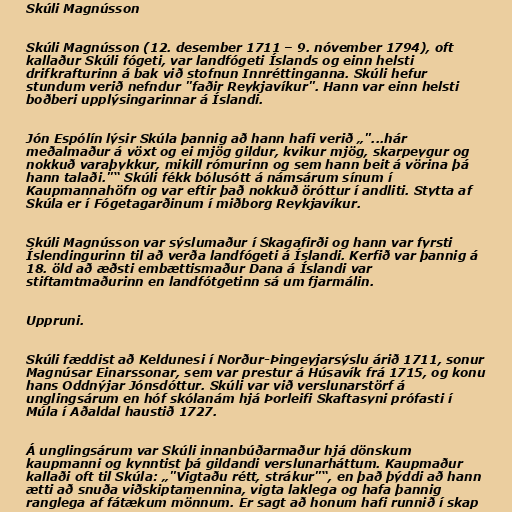
Skúli Magnússon

Skúli Magnússon (12. desember 1711 – 9. nóvember 1794), oft
kallaður Skúli fógeti, var landfógeti Íslands og einn helsti
drifkrafturinn á bak við stofnun Innréttinganna. Skúli hefur
stundum verið nefndur "faðir Reykjavíkur". Hann var einn helsti
boðberi upplýsingarinnar á Íslandi.

Jón Espólín lýsir Skúla þannig að hann hafi verið „"...hár
meðalmaður á vöxt og ei mjög gildur, kvikur mjög, skarpeygur og
nokkuð varaþykkur, mikill rómurinn og sem hann beit á vörina þá
hann talaði."“ Skúli fékk bólusótt á námsárum sínum í
Kaupmannahöfn og var eftir það nokkuð öróttur í andliti. Stytta af
Skúla er í Fógetagarðinum í miðborg Reykjavíkur.

Skúli Magnússon var sýslumaður í Skagafirði og hann var fyrsti
Íslendingurinn til að verða landfógeti á Íslandi. Kerfið var þannig á
18. öld að æðsti embættismaður Dana á Íslandi var
stiftamtmaðurinn en landfótgetinn sá um fjarmálin.

Uppruni.

Skúli fæddist að Keldunesi í Norður-Þingeyjarsýslu árið 1711, sonur
Magnúsar Einarssonar, sem var prestur á Húsavík frá 1715, og konu
hans Oddnýjar Jónsdóttur. Skúli var við verslunarstörf á
unglingsárum en hóf skólanám hjá Þorleifi Skaftasyni prófasti í
Múla í Aðaldal haustið 1727.

Á unglingsárum var Skúli innanbúðarmaður hjá dönskum
kaupmanni og kynntist þá gildandi verslunarháttum. Kaupmaður
kallaði oft til Skúla: „"Vigtaðu rétt, strákur"“, en það þýddi að hann
ætti að snuða viðskiptamennina, vigta laklega og hafa þannig
ranglega af fátækum mönnum. Er sagt að honum hafi runnið í skap